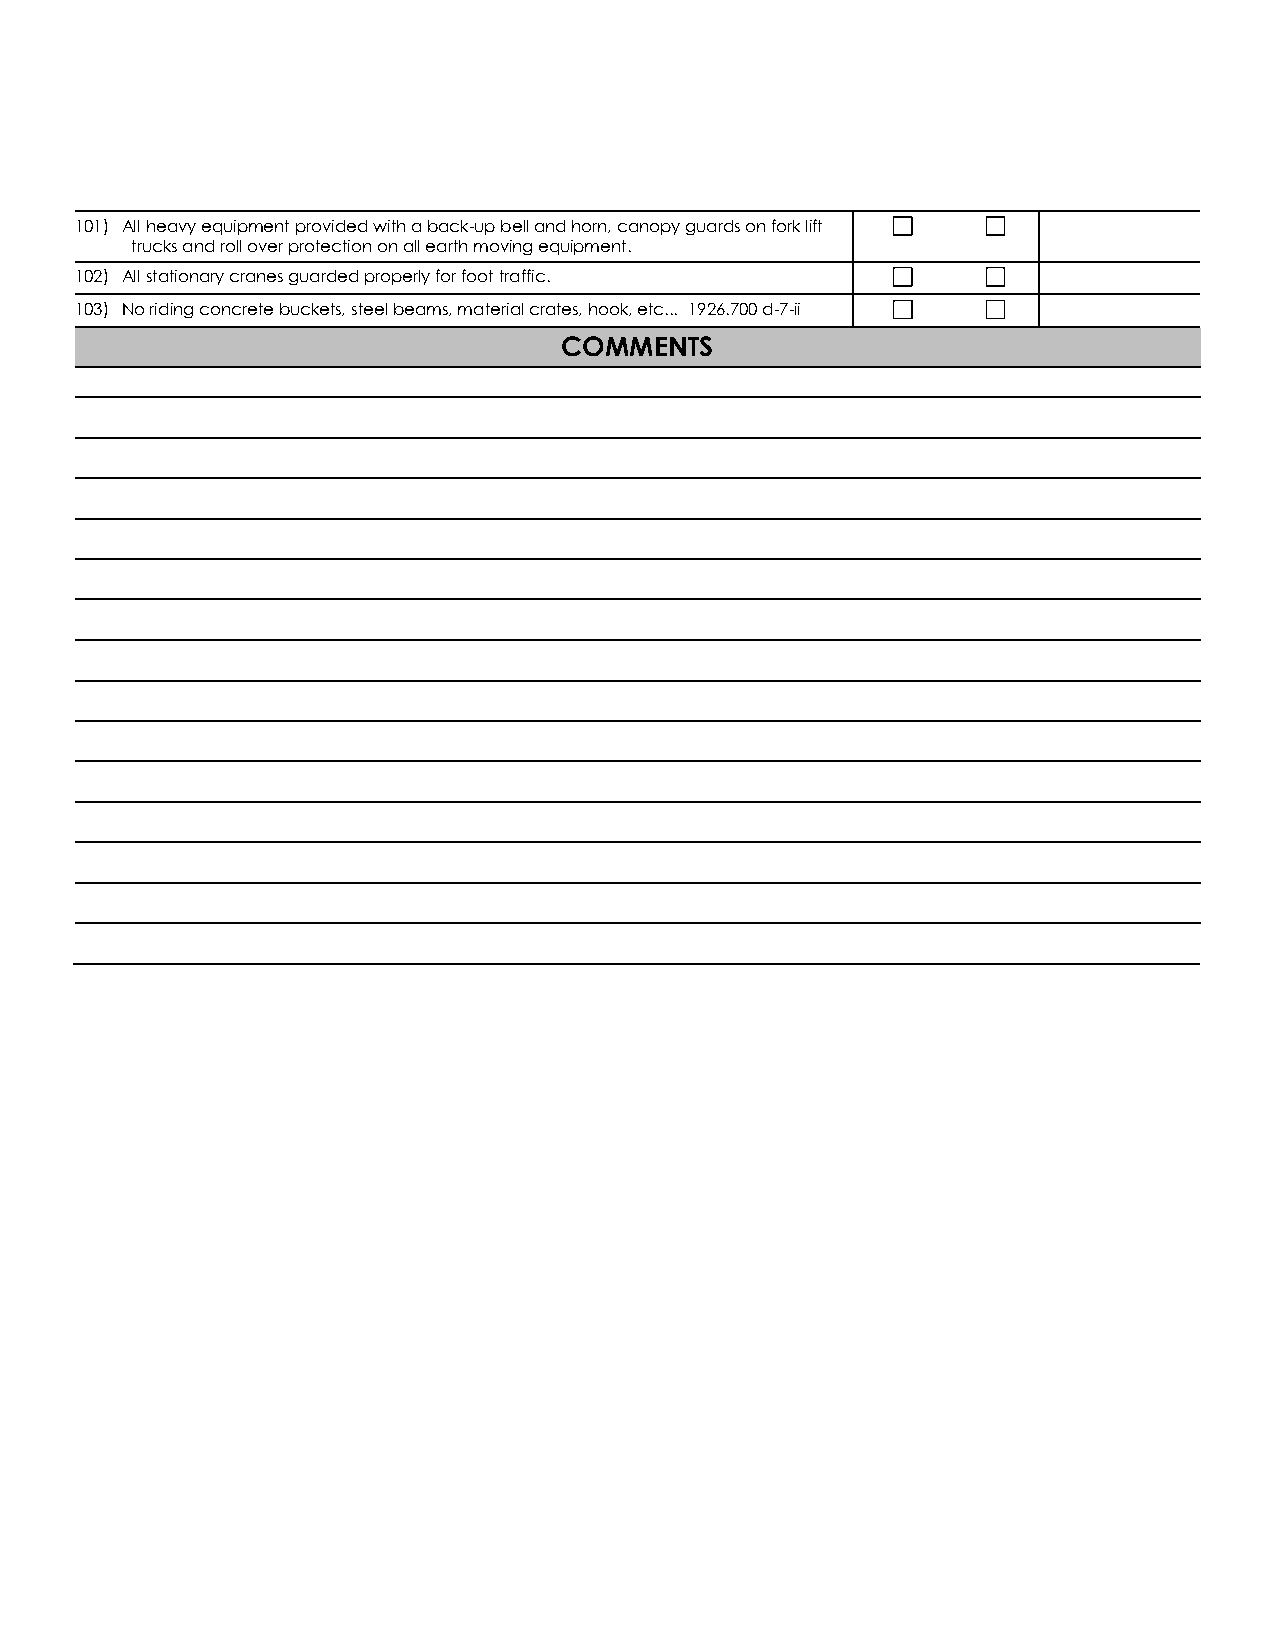
101) All heavy equipment provided with a back-up bell and horn, canopy guards on fork lift
 trucks and roll over protection on all earth moving equipment.
 102) All stationary cranes guarded properly for foot traffic.
 103) No riding concrete buckets, steel beams, material crates, hook, etc... 1926.700 d-7-ii
 COMMENTS